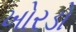
ખોરડો